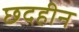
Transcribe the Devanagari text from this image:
छदहीन